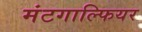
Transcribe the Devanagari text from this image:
मंटगाल्फियर